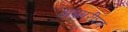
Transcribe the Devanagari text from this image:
अश्मरीघ्न